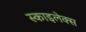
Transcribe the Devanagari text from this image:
स्काइलेक्स